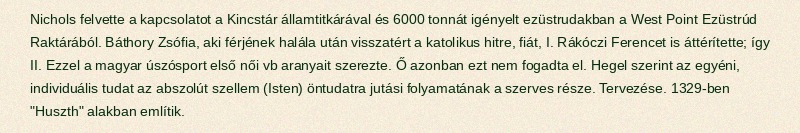
Nichols felvette a kapcsolatot a Kincstár államtitkárával és 6000 tonnát igényelt ezüstrudakban a West Point Ezüstrúd Raktárából. Báthory Zsófia, aki férjének halála után visszatért a katolikus hitre, fiát, I. Rákóczi Ferencet is áttérítette; így II. Ezzel a magyar úszósport első női vb aranyait szerezte. Ő azonban ezt nem fogadta el. Hegel szerint az egyéni, individuális tudat az abszolút szellem (Isten) öntudatra jutási folyamatának a szerves része. Tervezése. 1329-ben "Huszth" alakban említik.